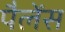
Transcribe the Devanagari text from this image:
पैलेंस